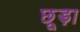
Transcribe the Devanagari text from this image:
छूड़ा